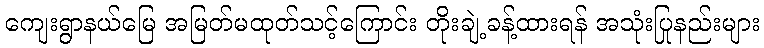
ကျေးရွာနယ်မြေ အမြတ်မထုတ်သင့်ကြောင်း တိုးချဲ့ခန့်ထားရန် အသုံးပြုနည်းများ